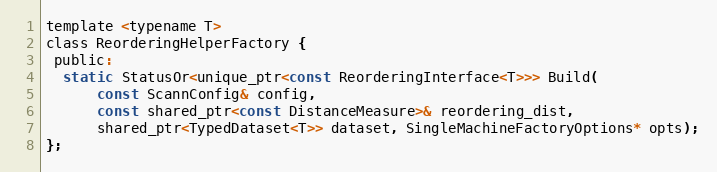
Language: C
template <typename T>
class ReorderingHelperFactory {
 public:
  static StatusOr<unique_ptr<const ReorderingInterface<T>>> Build(
      const ScannConfig& config,
      const shared_ptr<const DistanceMeasure>& reordering_dist,
      shared_ptr<TypedDataset<T>> dataset, SingleMachineFactoryOptions* opts);
};